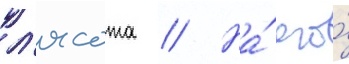
л'ясота // На́ его́